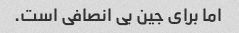
اما برای جین بی انصافی است.